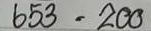
653 = 200